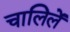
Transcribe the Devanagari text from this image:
चालिलें